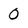
Character: 0